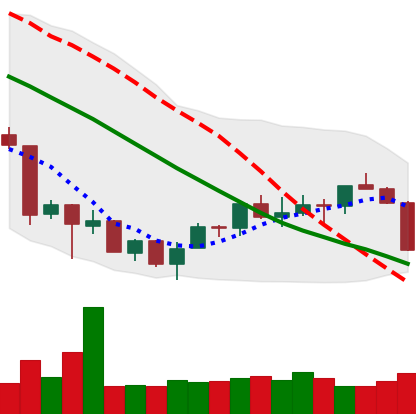
Ticker: ETH-USD
Chart end date: 2018-07-10
Forward return: 3.551%
Label: up_3_5